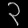
Digit: ၃